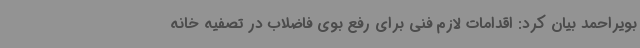
بویراحمد بیان کرد: اقدامات لازم فنی برای رفع بوی فاضلاب در تصفیه خانه